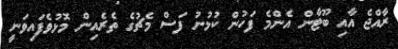
ރާއްޖެ އާއި ބޫޓާން އެންމެ ފަހުން ކުޅުނު ފަސް މެޗުގެ ތެރެއިން މޮޅުވެފައިވަނީ